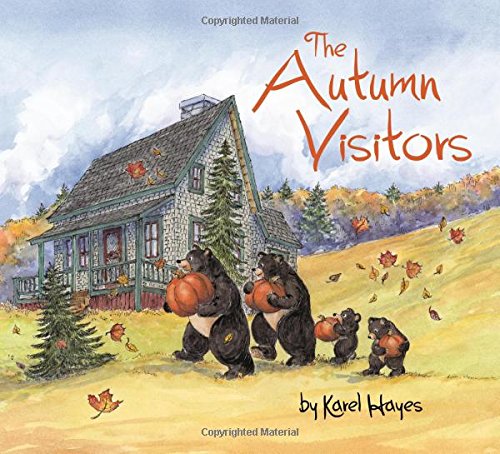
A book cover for The Autumn Visitors; Karel Hayes; Children's Books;